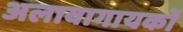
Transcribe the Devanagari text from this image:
अलावागायकों